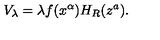
V _ { \lambda } = \lambda f ( x ^ { \alpha } ) H _ { R } ( z ^ { a } ) .